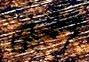
وأقول